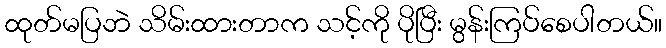
ထုတ်မပြဘဲ သိမ်းထားတာက သင့်ကို ပိုပြီး မွန်းကြပ်စေပါတယ်။